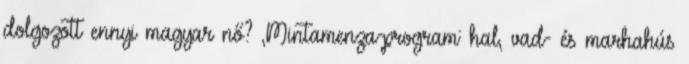
dolgozott ennyi magyar nő? ,Mintamenza-program: hal, vad- és marhahús